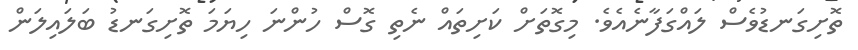
ތޮށިގަނޑުވެސް ލައްގަފާނެއެވެ. މިގޮތަށް ކަށިތައް ނެތި ގޮސް ހުންނަ ހިޔަމަ ތޮށިގަނޑު ބަލައިލަން